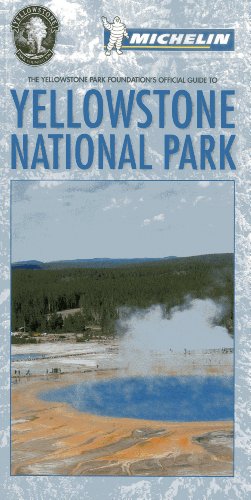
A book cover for The Yellowstone Park Foundation's Official Guide to Yellowstone National Park; The Yellowstone Park Foundation; Travel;